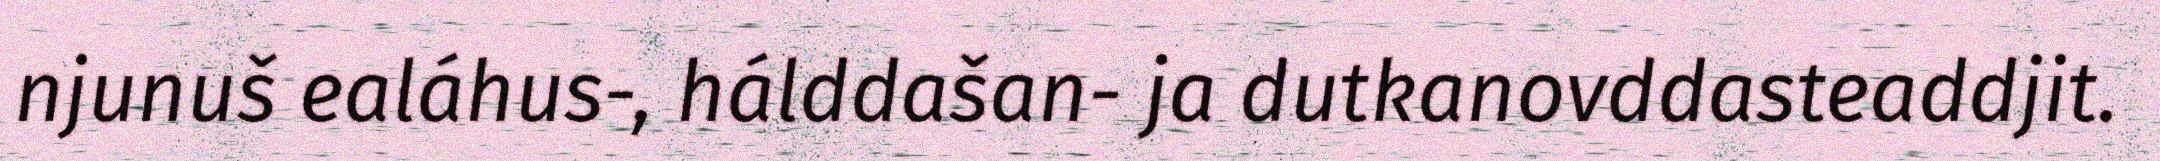
njunuš ealáhus-, hálddašan- ja dutkanovddasteaddjit.